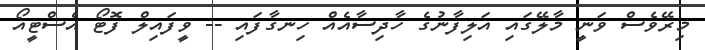
މިރޭވެސް ވަނީ މާލޭގައި އަލިފާނުގެ ހާދިސާއެއް ހިނގާފައި -- ވީފައިލް ފޮޓޯ އެސްޓީއޯ